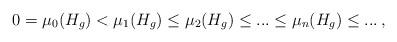
LaTeX: \begin{align*}0=\mu_0(H_g)<\mu_{1}(H_g)\leq\mu_{2}(H_g)\leq...\leq\mu_{n}(H_g)\leq...\,,\end{align*}